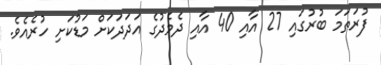
ފުރަތަމަ ބުރުގައި 27 އާއި 40 އާއި ދެމެދުގެ އަދަދަކަށް މަޑުކަށި ހުރެއެވެ.